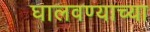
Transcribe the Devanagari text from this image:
घालवण्याच्या